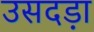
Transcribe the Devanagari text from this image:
उसदड़ा